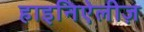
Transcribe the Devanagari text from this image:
हाइनिऐलीज़